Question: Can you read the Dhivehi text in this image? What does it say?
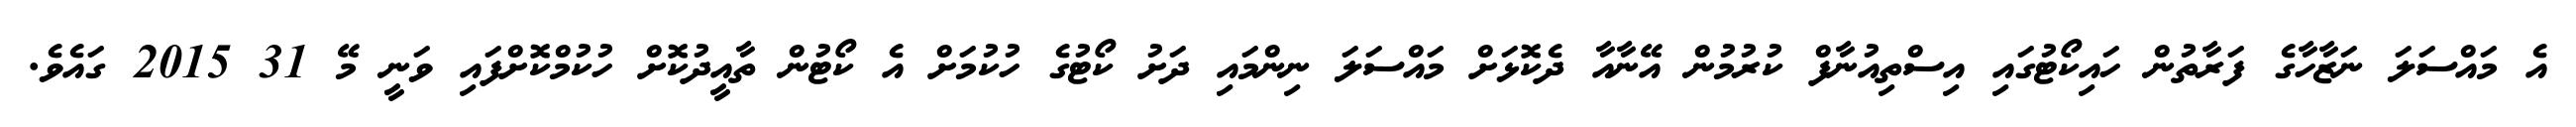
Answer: އެ މައްސަލަ ނަޒާހާގެ ފަރާތުން ހައިކޯޓުގައި އިސްތިއުނާފް ކުރުމުން އޭނާއާ ދެކޮޅަށް މައްސަލަ ނިންމައި ދަށު ކޯޓުގެ ހުކުމަށް އެ ކޯޓުން ތާއީދުކޮށް ހުކުމްކޮށްފައި ވަނީ މޭ 31 2015 ގައެވެ.